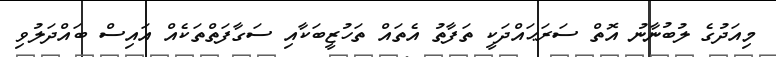
މިއަދުގެ ލުބުނާނު އޮތް ސަރަޙައްދަކީ ތަފާތު އެތައް ތަހުޒީބަކާއި ސަގާފަތްތަކެއް އައިސް ބައްދަލުވި